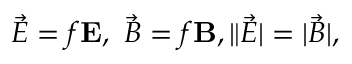
\vec { \cal E } = f { \bf E } , \ \vec { \cal B } = f { \bf B } , \| \vec { \cal E } | = | \vec { \cal B } | ,